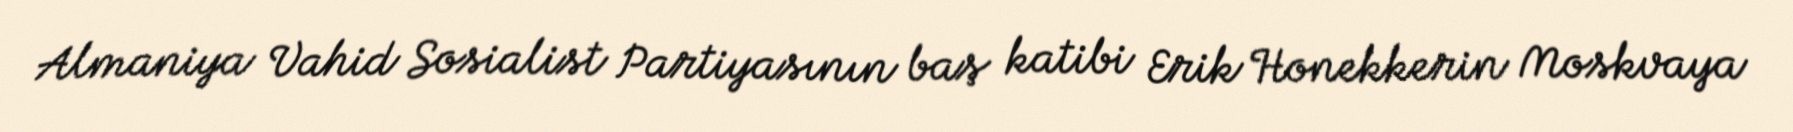
Almaniya Vahid Sosialist Partiyasının baş katibi Erik Honekkerin Moskvaya